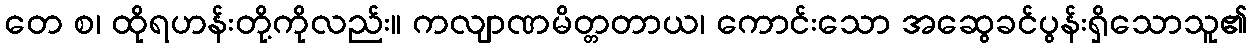
တေ စ၊ ထိုရဟန်းတို့ကိုလည်း။ ကလျာဏမိတ္တတာယ၊ ကောင်းသော အဆွေခင်ပွန်းရှိသောသူ၏